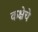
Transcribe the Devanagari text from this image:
कक्षेचे